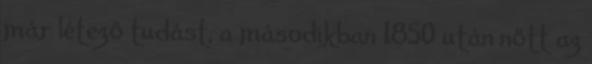
már létező tudást, a másodikban 1850 után nőtt az